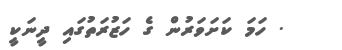
. ހަމަ ކަށަވަރުން ގެ ހަޒުރަތުގައި ދީނަކީ